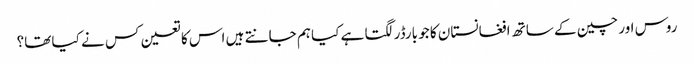
روس اور چین کے ساتھ افغانستان کا جو بارڈر لگتا ہے کیا ہم جانتے ہیں اس کا تعین کس نے کیا تھا؟